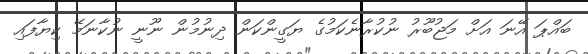
ބައްޕަ އޭނަ އަށް މަޖުބޫރު ނުކުރާނެކަމުގެ ޔަގީންކަން ދިނުމުން ނޫނީ ނުކާނަމޭ ކިޔާފައި